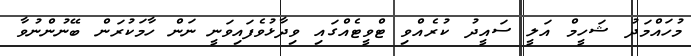
މުހައްމަދު ޝަހީމް އަލީ ސައީދު ކުރެއްވި ޓްވީޓެއްގައި ވިދާޅުވެފައިވަނީ ނަން ހާމަކުރަން ބޭނުންނުވާ